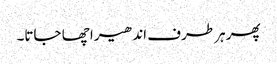
پھر ہر طرف اندھیرا چھا جاتا۔